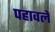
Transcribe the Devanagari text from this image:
पहावले